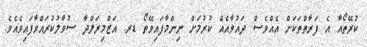
ކުރޭތޯއާ އެ ފަރާތްތަކަށް އެއްވެސް ދައުވާއެއް ކުރުމަށް ނިންމާފައިވޭތޯ ޑރ. އަޒްމިރަލްދާ ސުވާލުކުރައްވާފައިވެއެވެ.